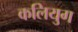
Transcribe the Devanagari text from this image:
कलियुग